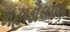
મહાડોલપણ